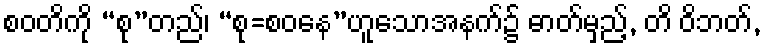
စဝတိကို “စု”တည်၊ “စု=စဝနေ”ဟူသောအနက်၌ ဓာတ်မှည့်, တိ ဝိဘတ်,